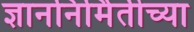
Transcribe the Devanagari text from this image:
ज्ञाननिर्मितीच्या